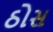
ઠોસ